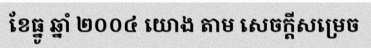
ខែធ្នូ ឆ្នាំ ២០០៤ យោង តាម សេចក្តីសម្រេច